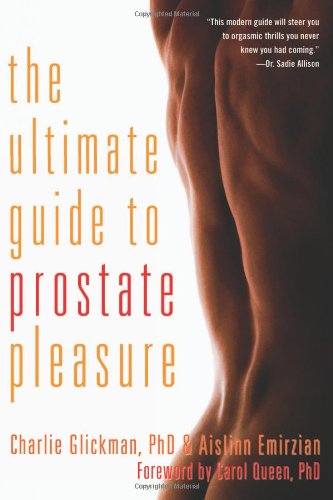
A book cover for The Ultimate Guide to Prostate Pleasure: Erotic Exploration for Men and Their Partners; Ph.D. Charlie Glickman; Gay & Lesbian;